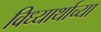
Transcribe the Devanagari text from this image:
विध्यार्थाच्या